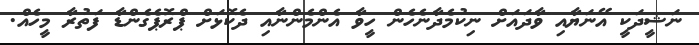
ނަޝީދަކީ އޭނަޔާއި ވާދައަށް ނިކުމެދާނެހެން ހީވާ އެންމެންނާއި ދެކޮޅަށް ޕްރޮޕެގެންޑާ ފަތުރާ މީހެއް.